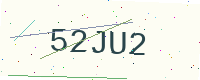
Text: 52JU2